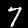
Digit: 7